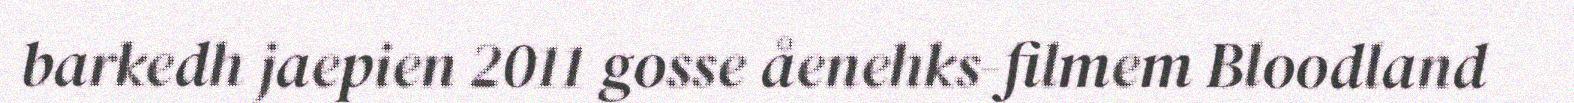
barkedh jaepien 2011 gosse åenehks-filmem Bloodland